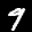
Label: 9